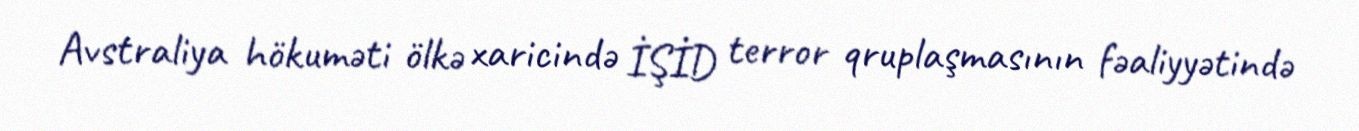
Avstraliya hökuməti ölkə xaricində İŞİD terror qruplaşmasının fəaliyyətində